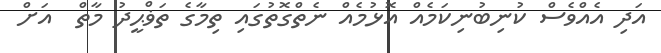
އަދި އެއްވެސް ކުނިބުނިކަމެއް އޮޅުމެއް ނެތްގޮތުގައި ތިމާގެ ތަޥްޙީދު މާތް  އަށް